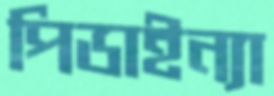
পিডাইন্যা